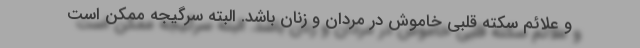
و علائم سکته قلبی خاموش در مردان و زنان باشد. البته سرگیجه ممکن است